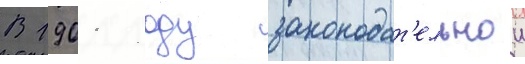
В 1901 году законодат'ельнои